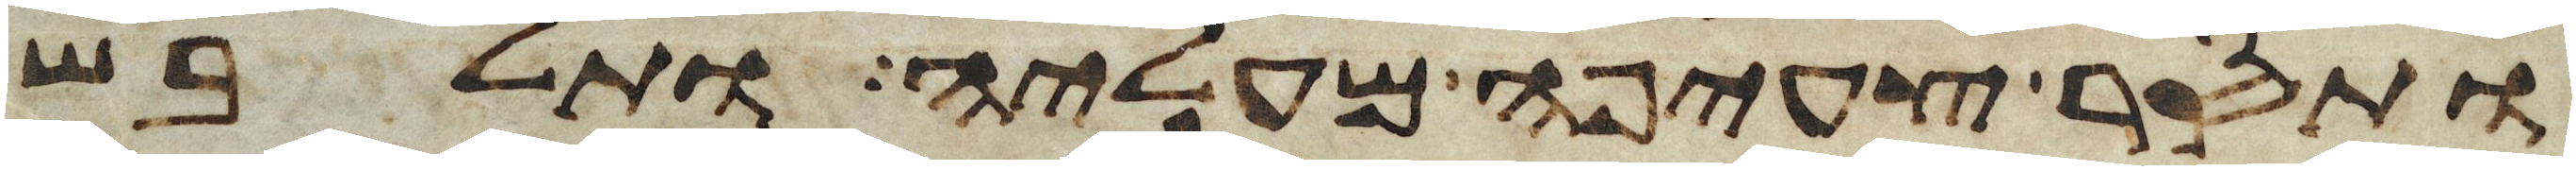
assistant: ותסר צעיפה מעליה ותלבש